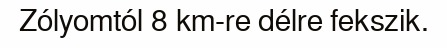
Zólyomtól 8 km-re délre fekszik.